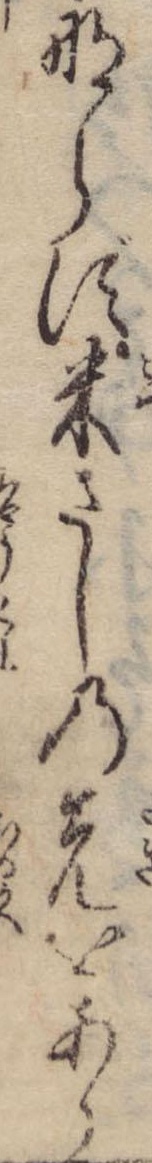
ならず米さしの先をあら